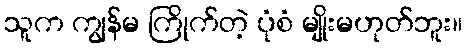
သူက ကျွန်မ ကြိုက်တဲ့ ပုံစံ မျိုးမဟုတ်ဘူး။